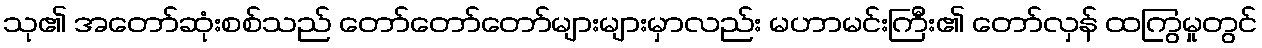
သု၏ အတော်ဆုံးစစ်သည် တော်တော်တော်များများမှာလည်း မဟာမင်းကြီး၏ တော်လှန် ထကြွမှုတွင်